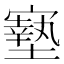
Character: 𡫓